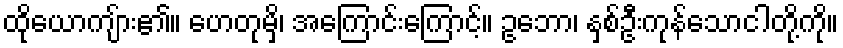
ထိုယောကျ်ား၏။ ဟေတုမှိ၊ အကြောင်းကြောင့်။ ဥဘော၊ နှစ်ဦးကုန်သောငါတို့ကို။